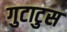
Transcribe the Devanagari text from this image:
गुटाटुस